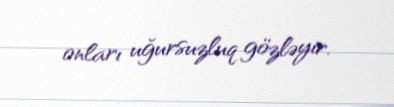
onları uğursuzluq gözləyir.